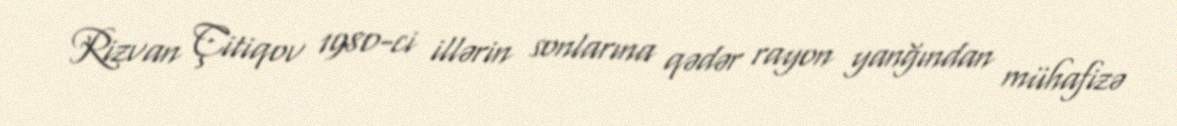
Rizvan Çitiqov 1980-ci illərin sonlarına qədər rayon yanğından mühafizə